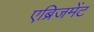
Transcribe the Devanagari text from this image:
एब्रिजमेंट